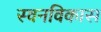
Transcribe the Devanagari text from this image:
स्वनविकास